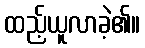
ထည့်ယူလာခဲ့၏။